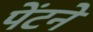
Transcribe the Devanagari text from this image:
पेंटने